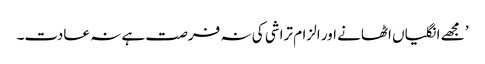
’ مجھے انگلیاں اٹھانے اور الزام تراشی کی نہ فرصت ہے نہ عادت۔